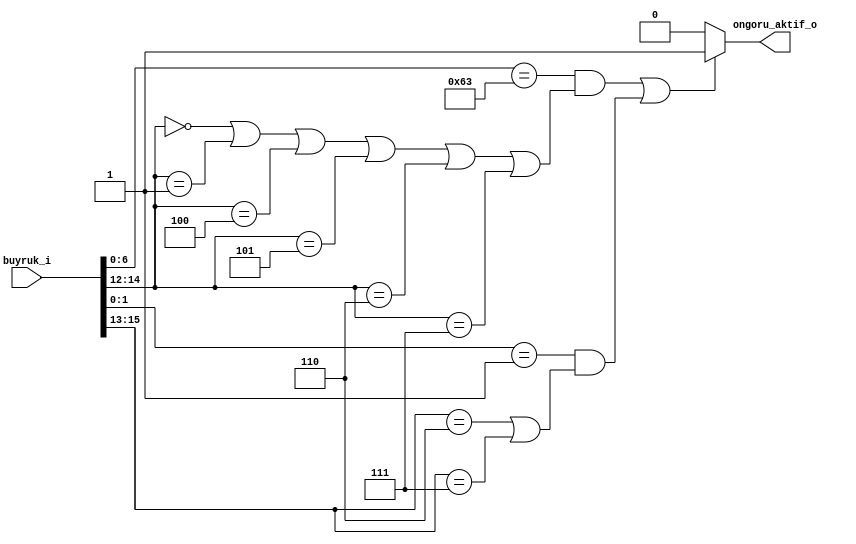
`timescale 1ns / 1ps
module oncozucu(
   input [31:0] buyruk_i,
   output       ongoru_aktif_o
);

localparam OPCODE_DALLANMA   = 7'b1100011;
localparam OPCODE_C_DALLANMA = 2'b01;
localparam FONKSIYON_BEQ     = 3'b000;
localparam FONKSIYON_BNE     = 3'b001;
localparam FONKSIYON_BLT     = 3'b100;
localparam FONKSIYON_BGE     = 3'b101;
localparam FONKSIYON_BLTU    = 3'b110;
localparam FONKSIYON_BGEU    = 3'b111;
localparam FONKSIYON_C_BEQZ  = 3'b110;
localparam FONKSIYON_C_BNEZ  = 3'b111;

wire [6:0] buyruk_opcode_w;
wire [2:0] buyruk_fonksiyon_w;
wire [1:0] buyruk_c_opcode_w;
wire [2:0] buyruk_c_fonksiyon_w;

reg        ongoru_aktif_o_cmb; // TODO: Kombinasyonel mi olmali??? Ve bu sinyalin gecerli oldugunu belirten bir sinyal gerekli mi?

always @(*) begin
   ongoru_aktif_o_cmb = 1'b0;

   if ((buyruk_opcode_w    == OPCODE_DALLANMA      && (
      buyruk_fonksiyon_w   == FONKSIYON_BEQ        ||
      buyruk_fonksiyon_w   == FONKSIYON_BNE        ||
      buyruk_fonksiyon_w   == FONKSIYON_BLT        ||
      buyruk_fonksiyon_w   == FONKSIYON_BGE        ||
      buyruk_fonksiyon_w   == FONKSIYON_BLTU       ||
      buyruk_fonksiyon_w   == FONKSIYON_BGEU)      || ((
      buyruk_c_opcode_w    == OPCODE_C_DALLANMA)   && (
      buyruk_c_fonksiyon_w == FONKSIYON_C_BEQZ     ||
      buyruk_c_fonksiyon_w == FONKSIYON_C_BNEZ)))) begin

      ongoru_aktif_o_cmb = 1'b1;

   end
end


assign buyruk_opcode_w      = buyruk_i [6:0];
assign buyruk_fonksiyon_w   = buyruk_i [14:12];
assign buyruk_c_opcode_w    = buyruk_i [1:0];
assign buyruk_c_fonksiyon_w = buyruk_i [15:13];
assign ongoru_aktif_o       = ongoru_aktif_o_cmb;

endmodule